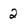
Character: 2